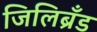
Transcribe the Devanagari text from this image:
जिलिब्रँड